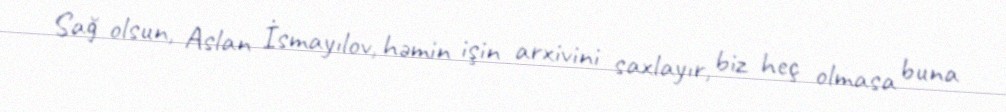
Sağ olsun, Aslan İsmayılov, həmin işin arxivini saxlayır, biz heç olmasa buna